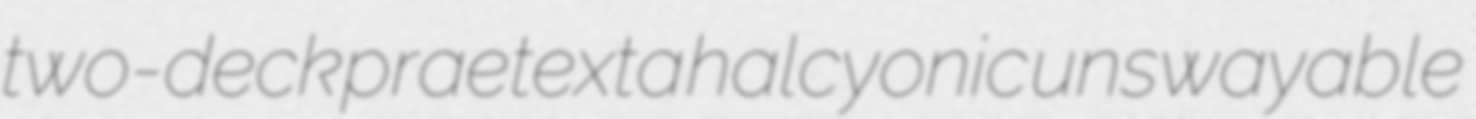
two-deck praetexta halcyonic unswayable